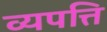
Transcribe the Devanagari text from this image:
व्यपत्ति